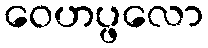
ဝေဟပ္ဖလော